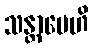
သန္တာပေဟိ